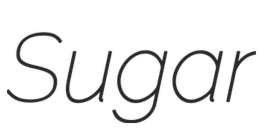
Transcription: Sugar